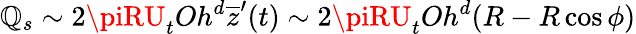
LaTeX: \mathbb{Q}_{s}\sim2\piRU_{t}Oh^{d}\overline{{{z}}}^{\prime}(t)\sim2\piRU_{t}Oh^{d}(R-R\cos\phi)